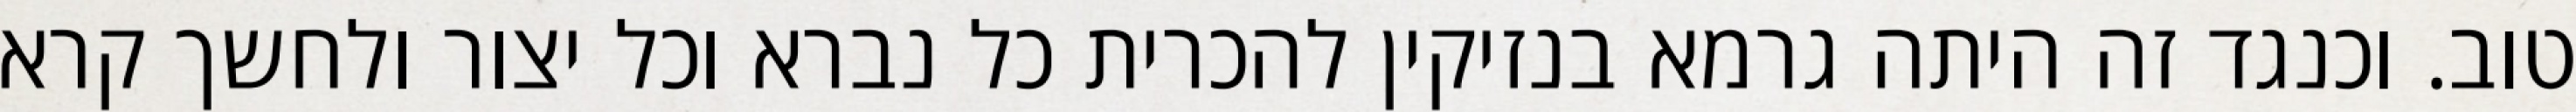
טוב. וכנגד זה היתה גרמא בנזיקין להכרית כל נברא וכל יצור ולחשך קרא